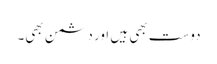
دوست بھی ہیں اور دشمن بھی۔